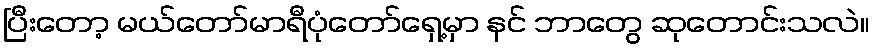
ပြီးတော့ မယ်တော်မာရီပုံတော်ရှေ့မှာ နင် ဘာတွေ ဆုတောင်းသလဲ။